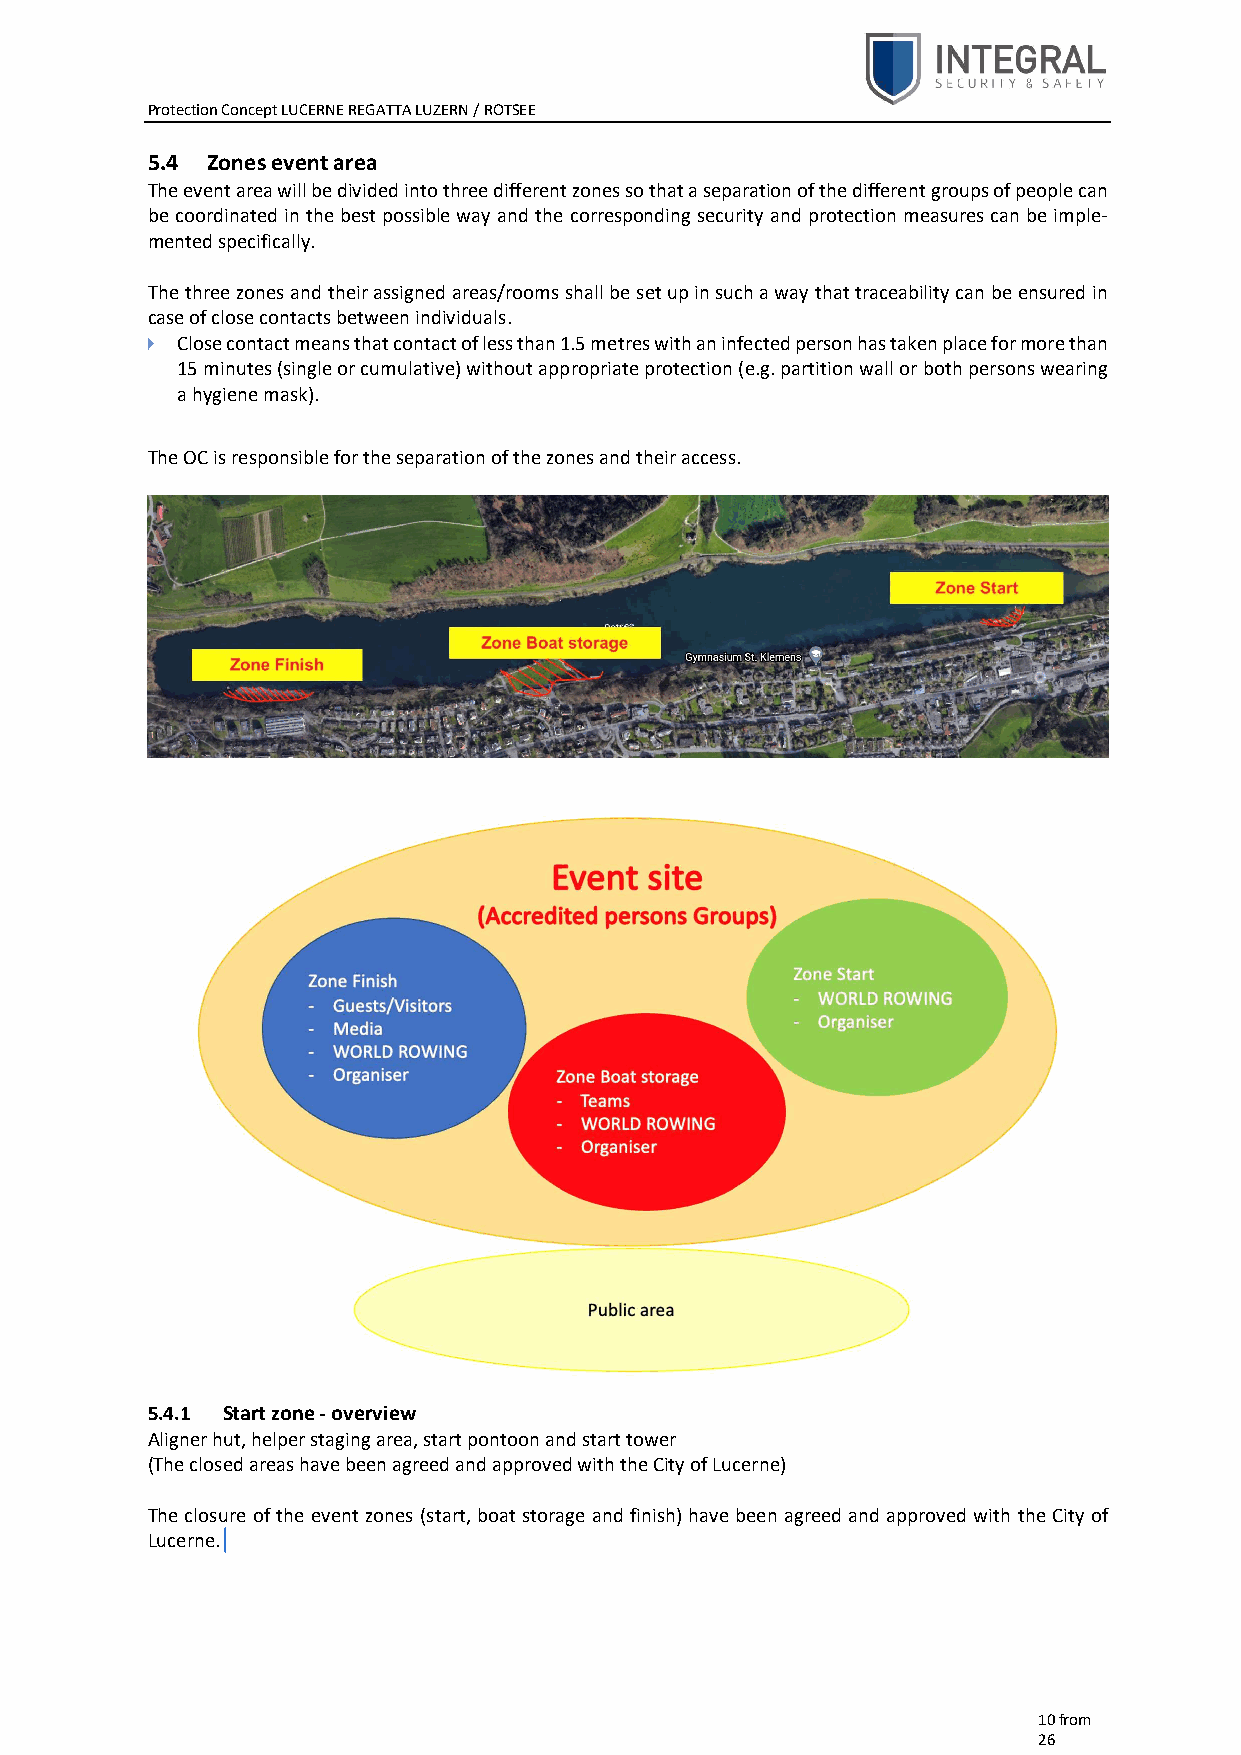
Protection Concept LUCERNE REGATTA LUZERN / ROTSEE
 5.4 Zones event area
 The event area will be divided into three different zones so that a separation of the different groups of people can
 be coordinated in the best possible way and the corresponding security and protection measures can be imple-
 mented specifically.
 The three zones and their assigned areas/rooms shall be set up in such a way that traceability can be ensured in
 case of close contacts between individuals.
   Close contact means that contact of less than 1.5 metres with an infected person has taken place for more than
 15 minutes (single or cumulative) without appropriate protection (e.g. partition wall or both persons wearing
 a hygiene mask).
 The OC is responsible for the separation of the zones and their access.
 5.4.1 Start zone - overview
 Aligner hut, helper staging area, start pontoon and start tower
 (The closed areas have been agreed and approved with the City of Lucerne)
 The closure of the event zones (start, boat storage and finish) have been agreed and approved with the City of
 Lucerne.
 10 from
 26